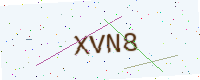
Text: XVN8